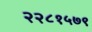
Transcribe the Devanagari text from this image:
२२८१५७९